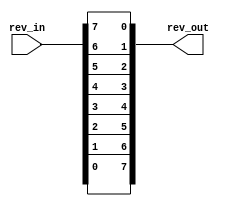
`timescale 1ns / 1ps
 
// Outputs the reverse order of rev_in as rev_out.
////////////////////////////////////////////////////////////////
module reverse(
	output wire [7:0] rev_out,
	input wire [7:0] rev_in
    );
	//Generate loop index i must be defined as a genvar
	genvar i;
	// generate for loop is generating an instance for each iteration
	generate for(i = 0; i < 8; i = i + 1) begin
		assign rev_out[i] = rev_in[7-i];
	end endgenerate

endmodule // reverse